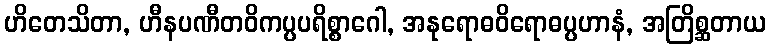
ဟိတေသိတာ, ဟီနပဏီတဝိကပ္ပပရိစ္စာဂေါ, အနုရောဓဝိရောဓပ္ပဟာနံ, အတြိစ္ဆတာယ